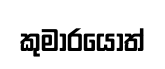
කුමාරයොත්